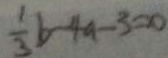
\frac { 1 } { 3 } b - 4 a - 3 = 0